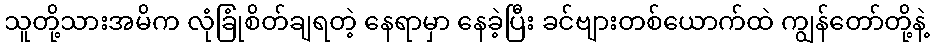
သူတို့သားအမိက လုံခြုံစိတ်ချရတဲ့ နေရာမှာ နေခဲ့ပြီး ခင်ဗျားတစ်ယောက်ထဲ ကျွန်တော်တို့နဲ့